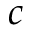
c